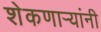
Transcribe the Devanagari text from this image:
शेकणार्‍यांनी